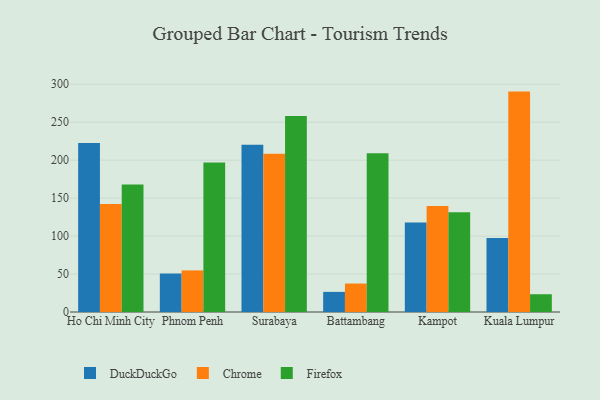
{"axis": {"x": "City", "y": "Conversion Rate (%)"}, "legend": ["Chrome", "DuckDuckGo", "Firefox"], "data": [{"x": "Ho Chi Minh City", "y": 222.6, "type": "DuckDuckGo"}, {"x": "Ho Chi Minh City", "y": 142.4, "type": "Chrome"}, {"x": "Ho Chi Minh City", "y": 168.1, "type": "Firefox"}, {"x": "Phnom Penh", "y": 50.7, "type": "DuckDuckGo"}, {"x": "Phnom Penh", "y": 54.8, "type": "Chrome"}, {"x": "Phnom Penh", "y": 196.9, "type": "Firefox"}, {"x": "Surabaya", "y": 220.2, "type": "DuckDuckGo"}, {"x": "Surabaya", "y": 208.4, "type": "Chrome"}, {"x": "Surabaya", "y": 258.2, "type": "Firefox"}, {"x": "Battambang", "y": 26.5, "type": "DuckDuckGo"}, {"x": "Battambang", "y": 37.5, "type": "Chrome"}, {"x": "Battambang", "y": 209.0, "type": "Firefox"}, {"x": "Kampot", "y": 117.9, "type": "DuckDuckGo"}, {"x": "Kampot", "y": 139.5, "type": "Chrome"}, {"x": "Kampot", "y": 131.5, "type": "Firefox"}, {"x": "Kuala Lumpur", "y": 97.6, "type": "DuckDuckGo"}, {"x": "Kuala Lumpur", "y": 290.3, "type": "Chrome"}, {"x": "Kuala Lumpur", "y": 23.4, "type": "Firefox"}]}